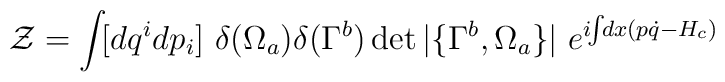
{\cal Z} = \int \!  [ d q^{i} d p_{i} ]~ \delta ( \Omega_{a} )             \delta ( \Gamma^{b} ) \det |\{ \Gamma^{b}, \Omega_{a} \}|~              e^{ i\!\!\int \!\! d x(p \dot{q} - H_{c})}